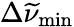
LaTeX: \Delta\widetilde{\nu}_{\mathrm{min}}